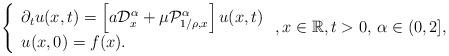
LaTeX: \begin{align*}\left\{\begin{array}{l}\partial _{t}u(x,t)=\left[ a\mathcal{D}_{x}^{\alpha }+\mu \mathcal{P}_{1/\rho ,x}^{\alpha }\right] u(x,t) \\u(x,0)=f(x).\end{array}\right. ,x\in \mathbb{R},t>0,\,\alpha \in (0,2], \end{align*}